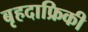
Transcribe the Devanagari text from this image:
बृहदाफ्रिकी